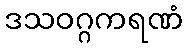
ဒသဝဂ္ဂကရဏံ